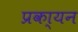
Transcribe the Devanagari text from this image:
प्रका्यन